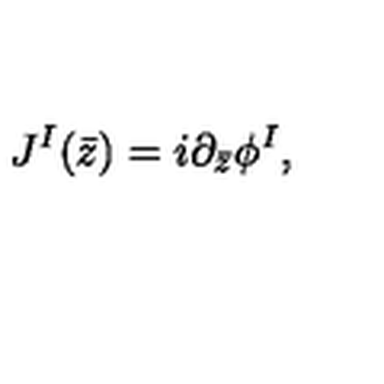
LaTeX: J ^ { I } ( \bar { z } ) = i \partial _ { \bar { z } } \phi ^ { I } ,